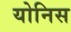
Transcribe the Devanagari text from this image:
योनिस